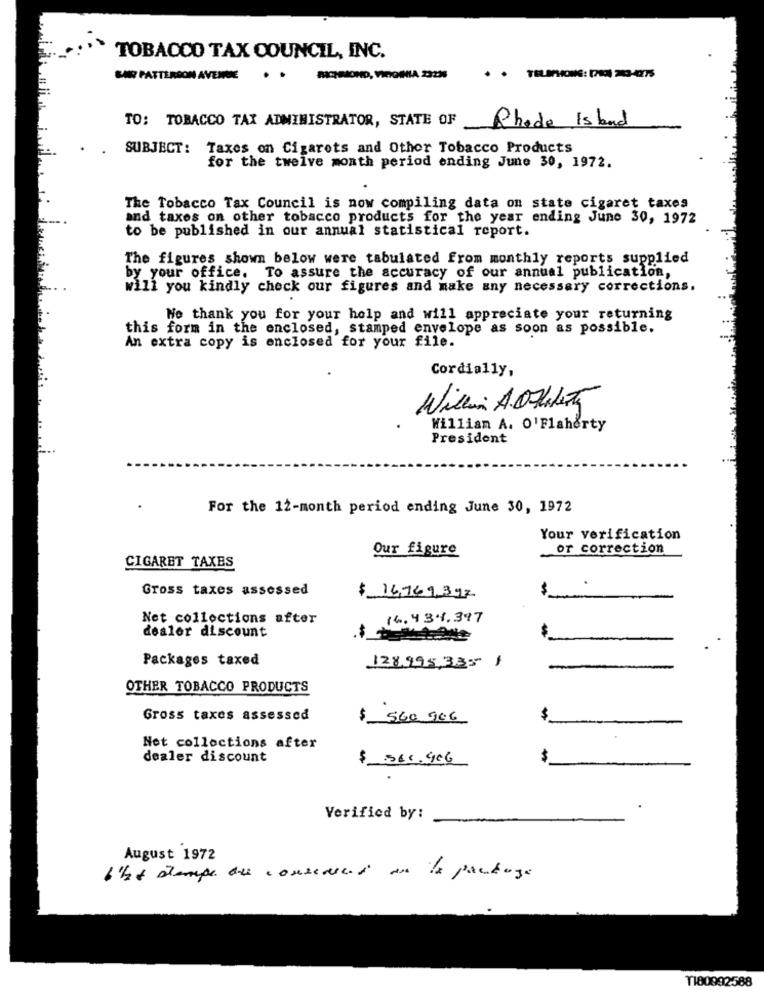
TOBACCO TAX COUNCIL, INC.
SAIR PATTERSON AVENUE
POROND, VICTORIA 2323
Rhode Island
TO: TOBACCO TAX ADMINISTRATOR, STATE OF
SUBJECT: Taxes on Cigarets and Other Tobacco Products
for the twelve month period ending June 30, 1972.
The Tobacco Tax Council is now compiling data on state cigaret taxes
and taxes on other tobacco products for the year ending June 30, 1972
to be published in our annual statistical report.
The figures shown below were tabulated from monthly reports supplied
by your office. To assure the accuracy of our annual publication,
will you kindly check our figures and make any necessary corrections.
Ne thank you for your help and will appreciate your returning
this form in the enclosed, stamped envelope as soon as possible.
An extra copy is enclosed for your file.
Cordially,
William A. O'Flaherty
President
For the 12-month period ending June 30, 1972
Your verification
Our figure
or correction
CIGARET TAXES
Gross taxes assessed
$ 16,769,397
Net collections after
14.434.397
$
dealer discount
Packages taxed
128,995,335 1
OTHER TOBACCO PRODUCTS
Gross taxes assessed
$ 560 906
$
Net collections after
dealer discount
$ 560.906
$
Verified by:
August 1972
l'ht stampe due considered as de package
1180992588